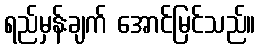
ရည်မှန်းချက် အောင်မြင်သည်။